Vaccination United Provinces of Agra and Oudh 1902-1913 - 1902-1913
Year: 1902
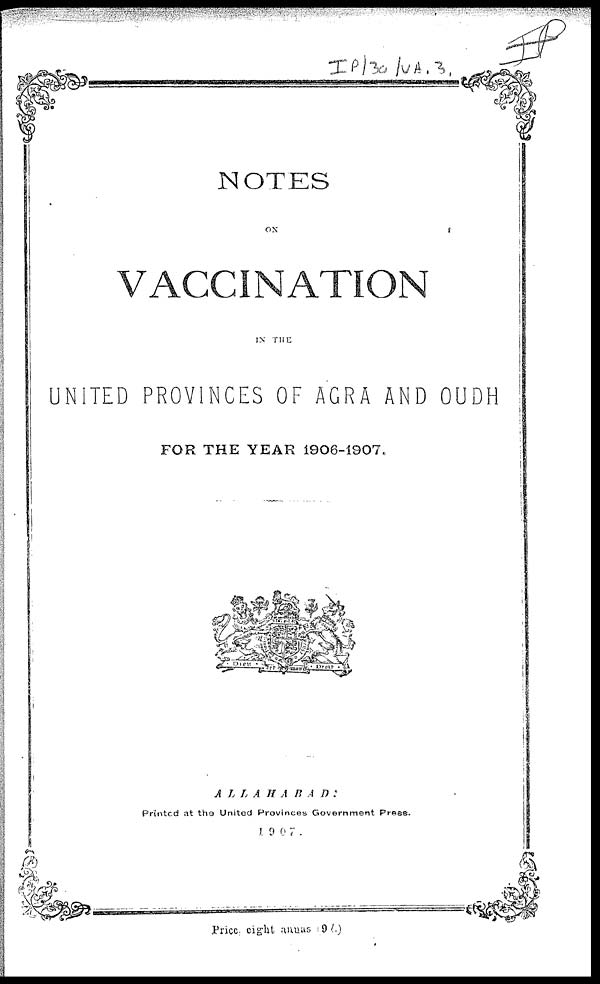
NOTES
ON
VACCINATION
IN THE
UNITED PROVINCES OF AGRA AND OUDH
FOR THE YEAR 1906-1907.
ALLAHABAD
:
Printed at the United Provinces Government Press.
1907
Price, eight annas ( 9d.)